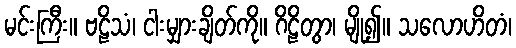
မင်းကြီး။ ဗဠိသံ၊ ငါးမျှားချိတ်ကို။ ဂိဠိတွာ၊ မျို၍။ သလောဟိတံ၊